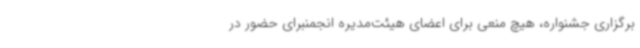
برگزاری جشنواره، هیچ منعی برای اعضای هیئت‌مدیره انجمنبرای حضور در